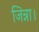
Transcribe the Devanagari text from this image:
जिन्ना।